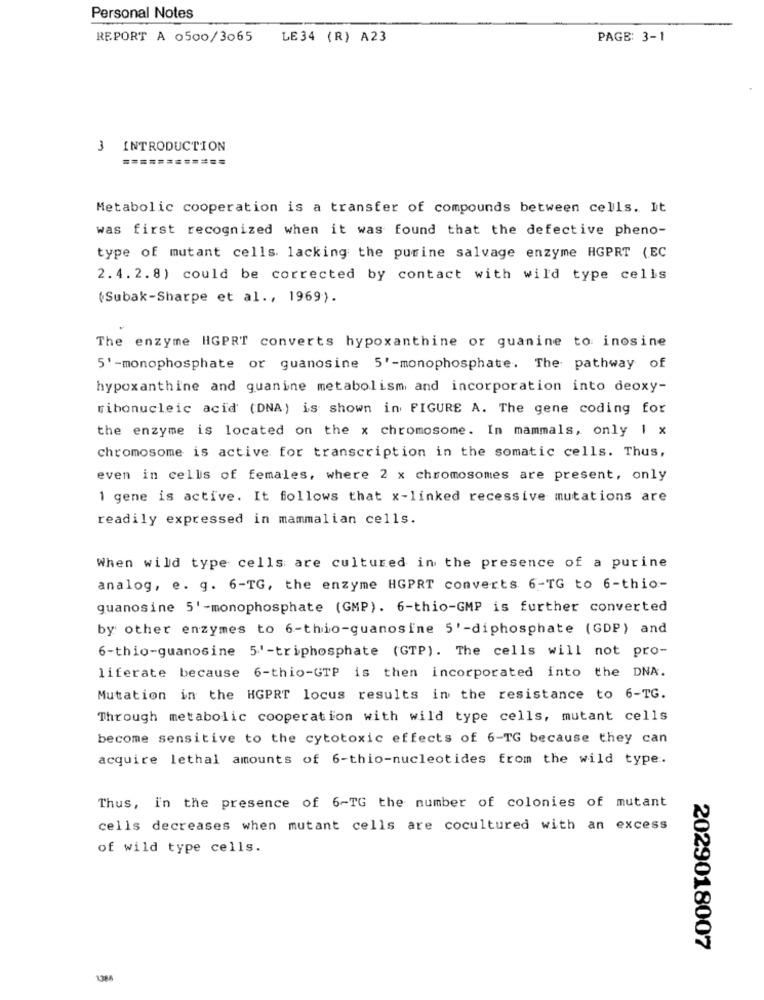
Personal Notes
REPORT A 0500/3065
LE34 (R) A23
PAGE: 3-1
3 INTRODUCTION
=======
Metabolic cooperation is a transfer of compounds between cells. It
was first recognized when it was found that the defective pheno-
type of mutant cells. lacking the purine salvage enzyme HGPRT (EC
2.4.2.8) could be corrected by contact with wild type cells
(Subak-Sharpe et al ., 1969).
The enzyme HGPRT converts hypoxanthine or guanine to inosine
5' -monophosphate or guanosine 5'-monophosphate. The pathway of
hypoxanthine and quanine metabolism and incorporation into deoxy-
ribonucleic acid (DNA) is shown in FIGURE A. The gene coding for
the enzyme is located on the x chromosome. In mammals, only 1 x
chromosome is active for transcription in the somatic cells. Thus,
even in cells of females, where 2 x chromosomes are present, only
1 gene is active. It follows that x-linked recessive mutations are
readily expressed in mammalian cells.
When wild type cells are cultured in the presence of a purine
analog, e. g. 6-TG, the enzyme HGPRT converts 6-TG to 6-thio-
guanosine 5' -monophosphate (GMP). 6-thio-GMP is further converted
by other enzymes to 6-thio-guanosine 5'-diphosphate (GDP) and
6-thio-guanosine 5'-triphosphate (GTP). The cells will not pro-
liferate because 6-thio-GTP is then incorporated into the DNA.
Mutation in the HGPRT locus results in the resistance to 6-TG.
Through metabolic cooperation with wild type cells, mutant cells
become sensitive to the cytotoxic effects of 6-TG because they can
acquire lethal amounts of 6-thio-nucleotides from the wild type.
Thus, in the presence of 6-TG the number of colonies of mutant
cells decreases when mutant cells are cocultured with an excess
of wild type cells.
2029018007
1386